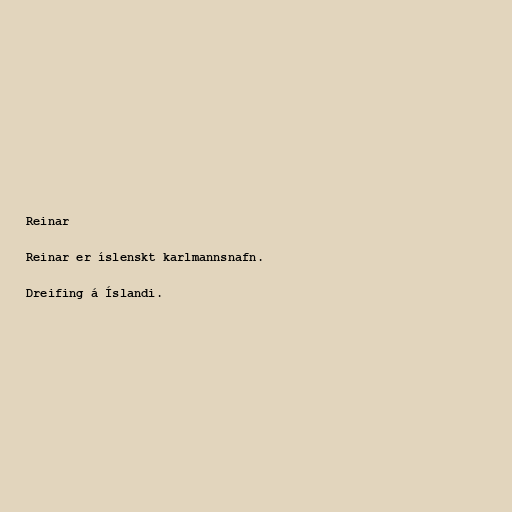
Reinar

Reinar er íslenskt karlmannsnafn.

Dreifing á Íslandi.